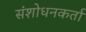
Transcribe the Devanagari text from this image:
संशोधनकर्ता